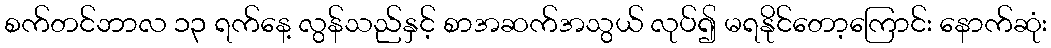
စက်တင်ဘာလ ၁၃ ရက်နေ့ လွန်သည်နှင့် စာအဆက်အသွယ် လုပ်၍ မရနိုင်တော့ကြောင်း နောက်ဆုံး